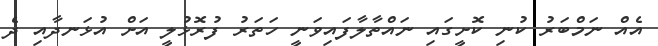
އެއް ނަމްބަރު ކުނި ކޮށީގައި ނައްތާލާފައިވަނީ ހަތަރު ފުރޮޅުލީ އަށް އުޅަނދާއި ދެ